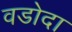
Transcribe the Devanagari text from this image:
वडोदा